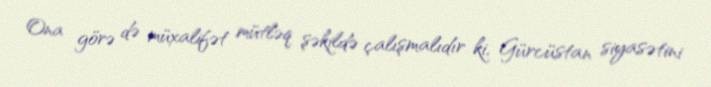
Ona görə də müxalifət mütləq şəkildə çalışmalıdır ki, Gürcüstan siyasətini